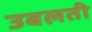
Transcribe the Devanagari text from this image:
उबलती